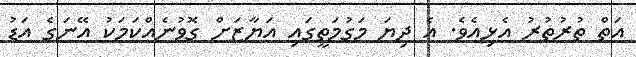
އަތް ތުރުތުރު އެޅިއެވެ. އެ ދިޔަ މަގުމަތީގައި އަޔާޒަށް ގޮވުނެއްކަމަކު އޭނަގެ އަޑު